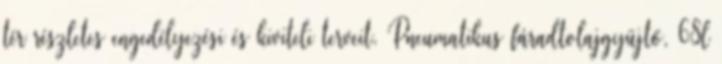
tér részletes engedélyezési és kiviteli terveit. Pneumatikus fáradtolajgyüjtő, 68l